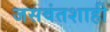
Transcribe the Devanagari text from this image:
जसवंतशाही